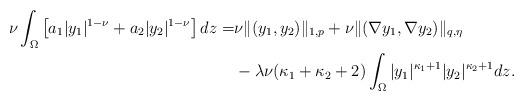
LaTeX: \begin{align*} \nu\int_{\Omega}\left[a_1\vert y_1 \vert^{1 - \nu} + a_2\vert y_2 \vert^{1 - \nu}\right]dz =& \nu\| (y_1, y_2)\|_{1,p} + \nu\| (\nabla y_1, \nabla y_2)\|_{q,\eta}\\ & - \lambda\nu(\kappa_1 + \kappa_2 + 2)\int_{\Omega}\vert y_1\vert^{\kappa_1 + 1}\vert y_2\vert^{\kappa_2 + 1}dz. \end{align*}